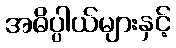
အဓိပ္ပါယ်များနှင့်